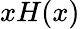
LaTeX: xH(x)